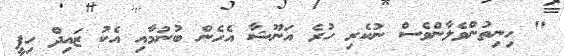
" ހިނިތުންވެލާންވެސް ނުކެރި ހުރެ އަނޫޝާ އެހެން ބުނުމާއި އެކު ޒައިދް ހިފީ